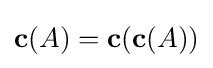
\mathbf {c} (A)=\mathbf {c} (\mathbf {c} (A))